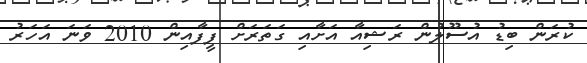
ކުރަން ބިޑު އުސޫލުން ރަޝިއާ އަށާއި ގަތަރަށް ފީފާއިން 2010 ވަނަ އަހަރު